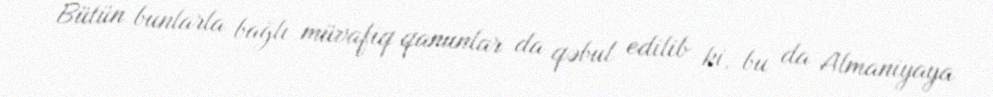
Bütün bunlarla bağlı müvafiq qanunlar da qəbul edilib ki, bu da Almaniyaya